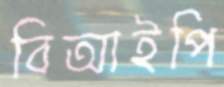
বিআইপি